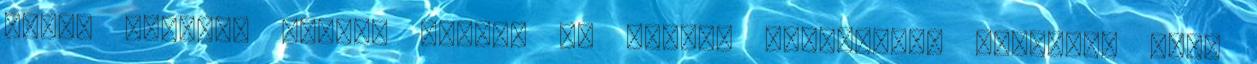
felső kezdete nagyon széles és lefele vékonyodva hegyesbe fut,